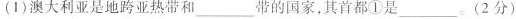
(1)澳大利亚是地跨亚热带和___带的国家，其首都①是___。(2分)